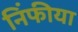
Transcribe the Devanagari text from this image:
निंफीया